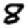
Digit: 8